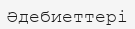
Әдебиеттері